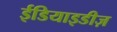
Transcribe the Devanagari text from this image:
ईडियाइडीज़